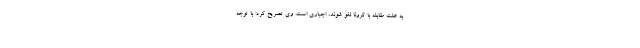
به علت مقابله با کرونا لغو شوند، اجباری است. وی تصریح کرد: با توجه